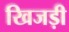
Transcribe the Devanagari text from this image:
खिजड़ी